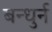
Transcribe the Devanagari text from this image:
बन्धुर्न